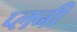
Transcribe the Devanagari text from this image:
प्लनी